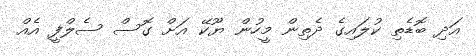
އަދި ބޮޑެތި ކުލައިގެ ދެތިން މީހުން ޔޫކޭ އަށް ގޮސް ސެލްފީ އެއް